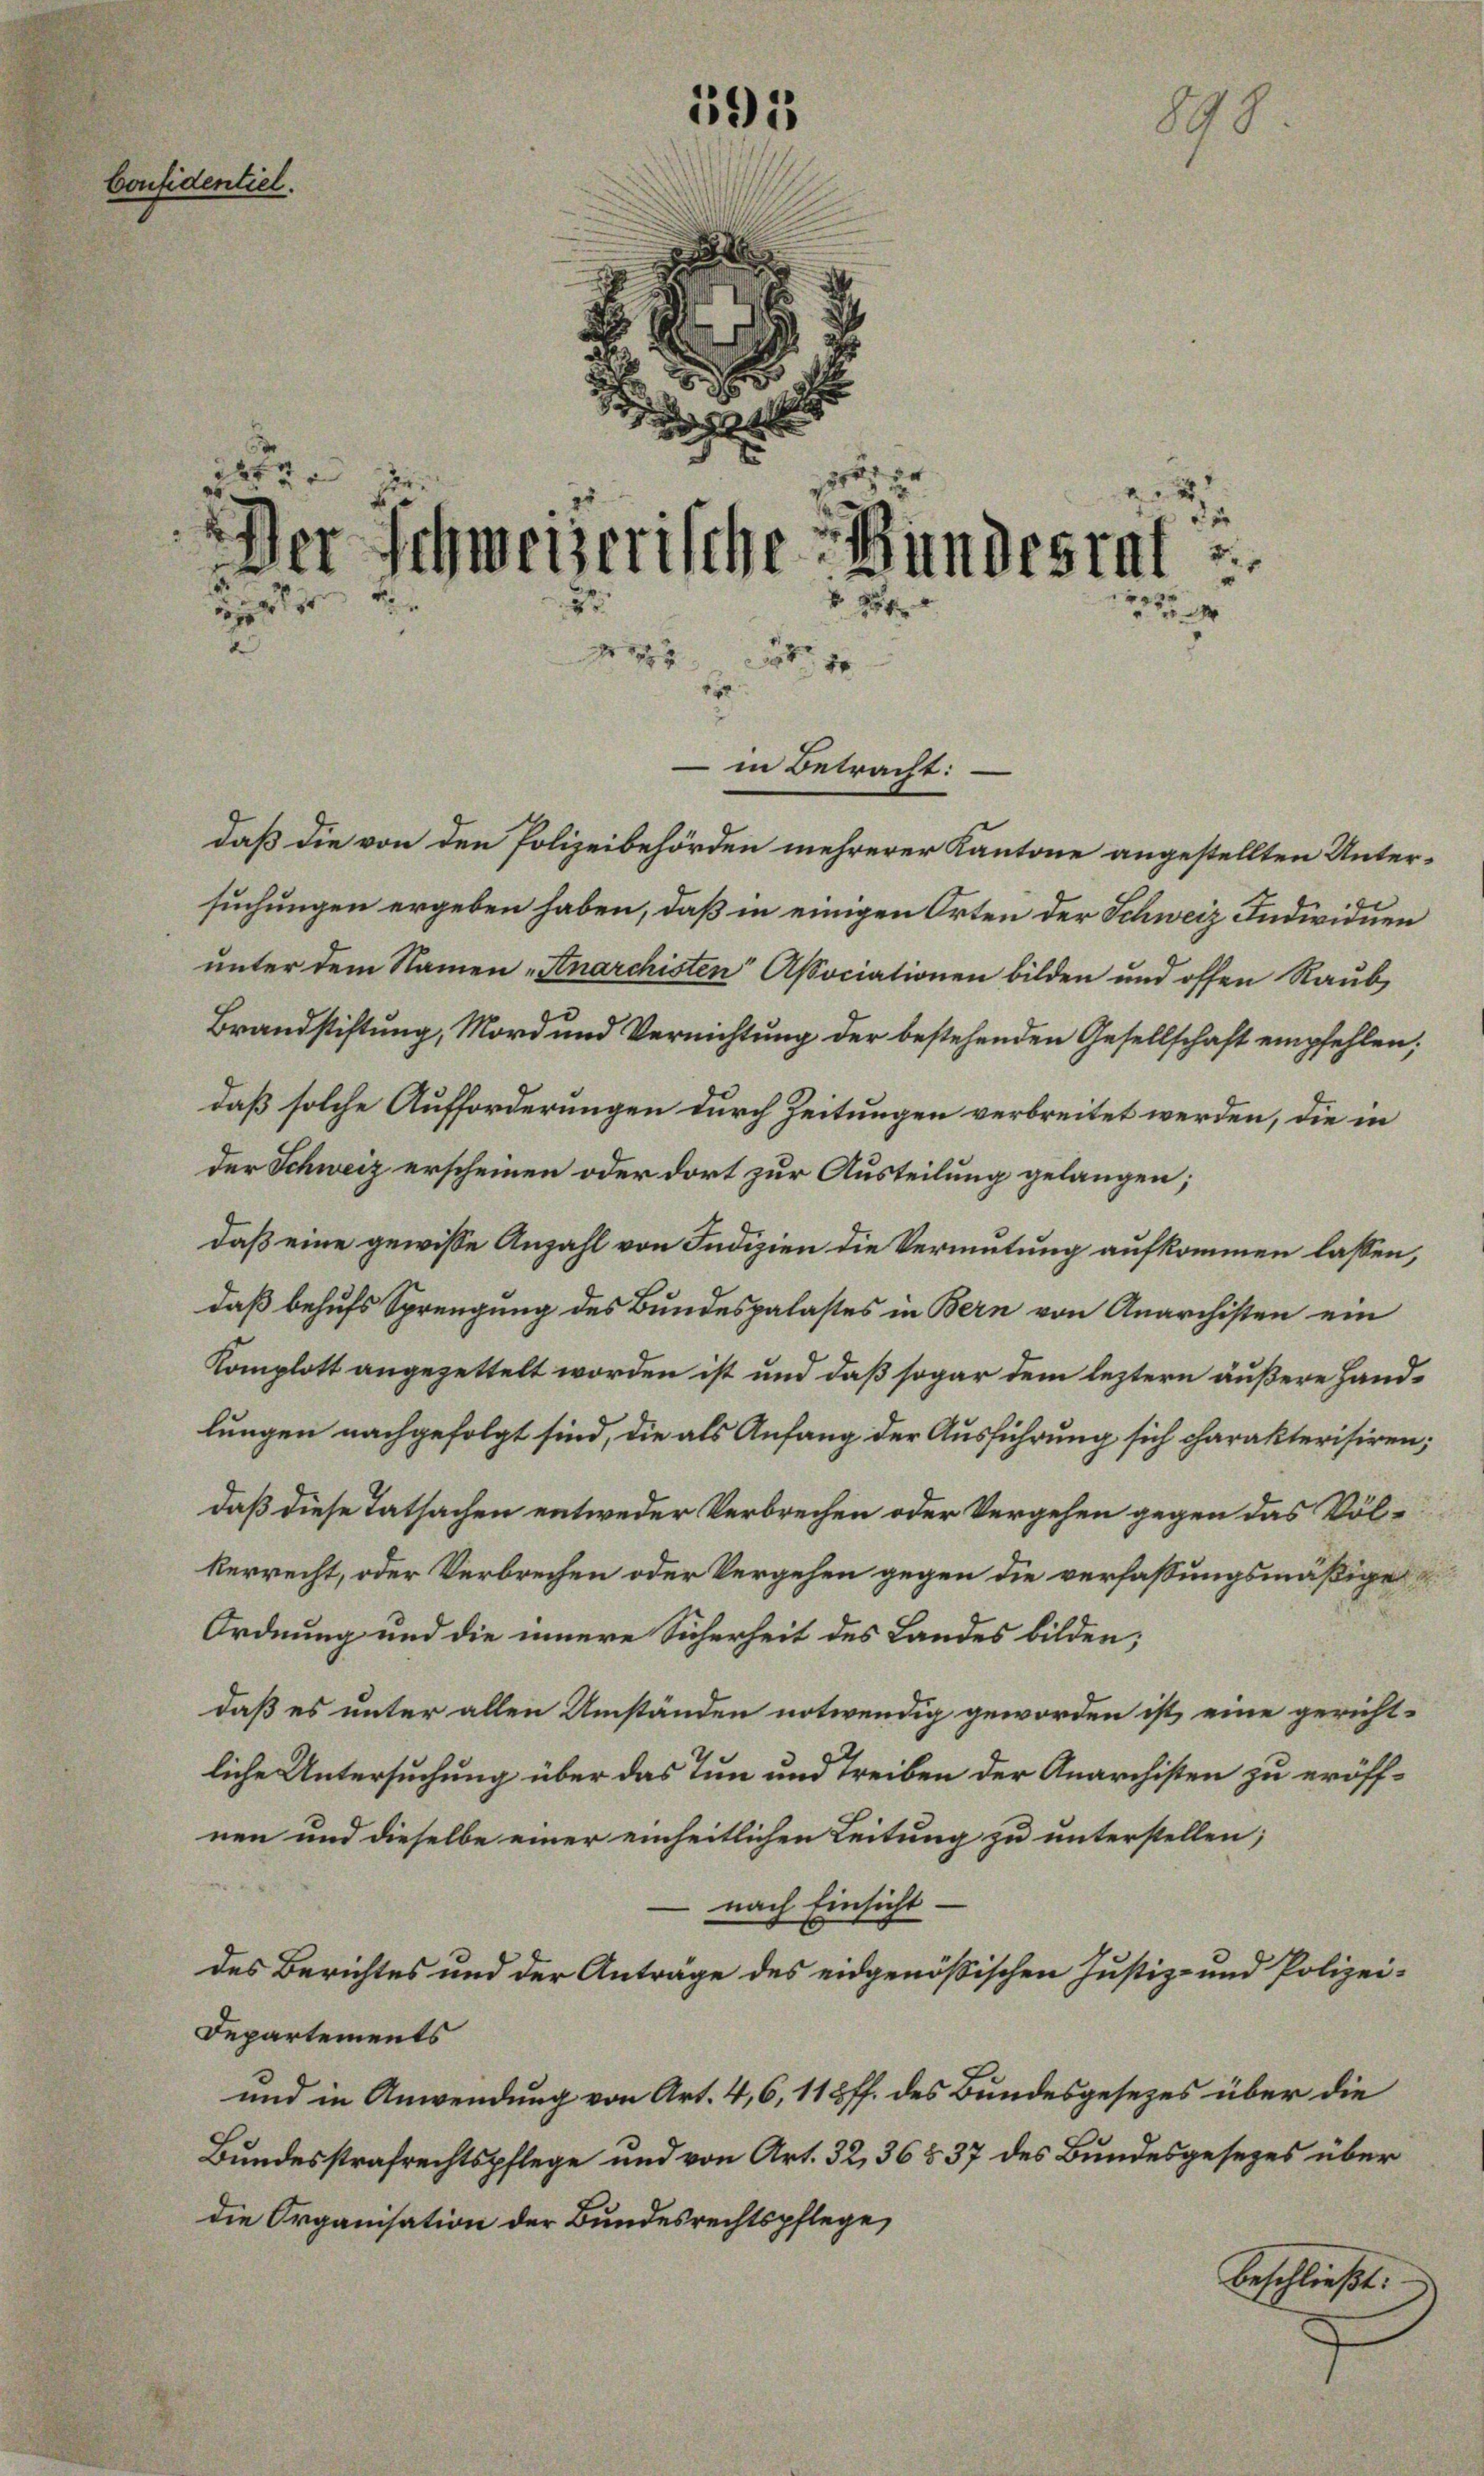
191
Confidentiel.
2
e
2
de.
ge
.
Der Schweizerische Bundesrat
2
N. 254

2
Ni

1
2

in Betracht:

899

daß die von den Polizeibehörden mehrerer Kantone angestellten Unter-
suchungen ergeben haben, daß in einigen Orten der Schweiz Individuen
unter dem Namen „Anarchisten Associationen bilden und offen Raub,
Brandstiftung, Mord und Vernichtung der bestehenden Gesellschaft empfehlen;
daß solche Aufforderungen durch Zeitungen verbreitet werden, die in
der Schweiz erscheinen oder dort zur Austeilung gelangen;
daß eine gewisse Anzahl von Indizien die Vermutung aufkommen lassen,
daß behufs Sprengung des Bundespalastes in Bern von Anarchisten ein
Komplott angezettelt worden ist und daß sogar dem leztern äußere Handlungen nachgefolgt sind, die als Anfang der Ausführung sich charakterisiren;
daß diese Tatsachen entweder Verbrechen oder Vergehen gegen das Völ-
kerrecht, oder Verbrechen oder Vergehen gegen die verfassungsmäßige
Ordnung und die innere Sicherheit des Landes bilden;
daß es unter allen Umständen notwendig geworden ist eine gericht-
liche Untersuchung über das Tun und Treiben der Anarchisten zu eröffnen und dieselbe einer einheitlichen Leitung zu unterstellen;
nach Einsicht
des Berichtes und der Anträge des eidgenößischen Justiz- und Polizei-
Departements
und in Anwendung von Art. 4, 6, 118 ff. des Bundesgesezes über die
Bundesstrafrechtspflege und von Art. 32, 36 § 37 des Bundesgesezes über
die Organisation der Bundesrechtspflege,
beschließt: